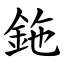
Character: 鉇